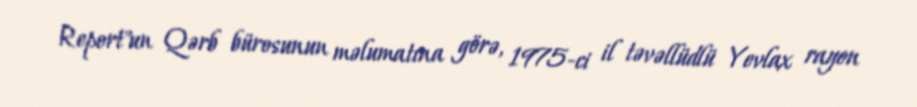
Report"un Qərb bürosunun məlumatına görə, 1975-ci il təvəllüdlü Yevlax rayon